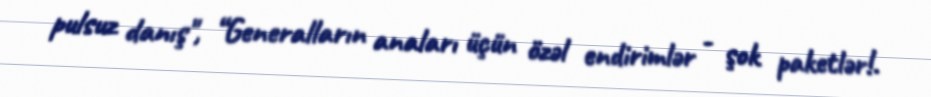
pulsuz danış", “Generalların anaları üçün özəl endirimlər - şok paketlər!.